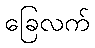
ခြေလက်